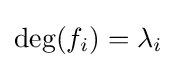
\deg(f_{i})=\lambda _{i}